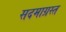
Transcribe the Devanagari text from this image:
सदमाग्रस्त